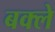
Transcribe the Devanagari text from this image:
बक्ले